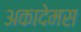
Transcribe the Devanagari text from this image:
अकादेमस